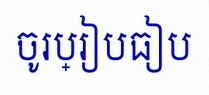
ចូរប្រៀបធៀប